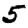
Digit: 5